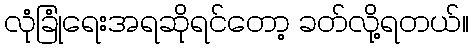
လုံခြုံရေးအရဆိုရင်တော့ ခတ်လို့ရတယ်။